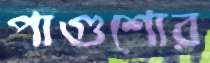
পাগুশোর